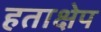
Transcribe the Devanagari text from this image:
हताक्षेप